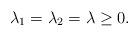
LaTeX: \begin{align*}\lambda_1=\lambda_2=\lambda\geq 0.\end{align*}